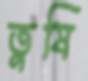
তুষি